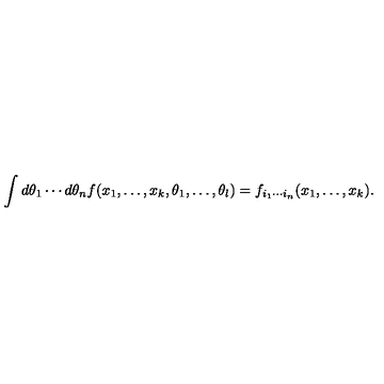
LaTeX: \int d \theta _ { 1 } \cdots d \theta _ { n } f ( x _ { 1 } , \ldots , x _ { k } , \theta _ { 1 } , \ldots , \theta _ { l } ) = f _ { i _ { 1 } \cdots i _ { n } } ( x _ { 1 } , \ldots , x _ { k } ) .